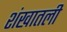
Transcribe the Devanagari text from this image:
शंखातली